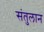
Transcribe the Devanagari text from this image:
संतुलान